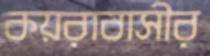
কয়রাবাসীর